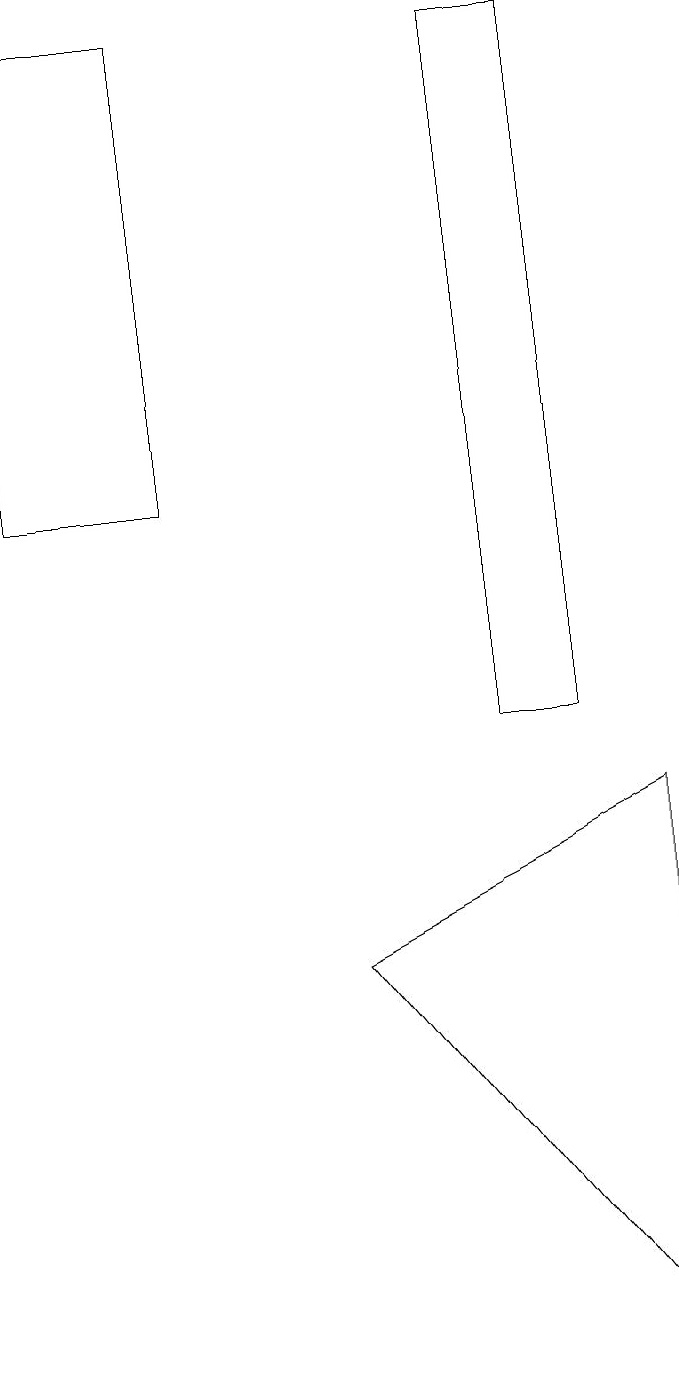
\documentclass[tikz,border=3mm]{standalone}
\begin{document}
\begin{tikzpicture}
\draw (3,19) rectangle (1,13);
\draw (5,7) -- (9,9) -- (9,2) -- cycle;
\draw (8,19) rectangle (7,10);
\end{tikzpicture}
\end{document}